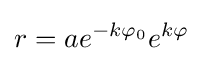
r=ae^{-k\varphi _{0}}e^{k\varphi }